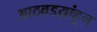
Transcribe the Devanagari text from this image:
आठवडय़ांहून